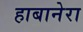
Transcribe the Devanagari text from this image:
हाबानेरा